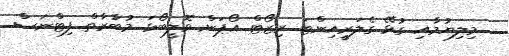
މިލިޔުމާއި ގުޅޭ ގެލަރީއިންޓަ ރިޒޯޓް އޯޕަން ވޮލީބޯޅަ މުބާރާތް ފިޓްނަސް